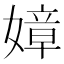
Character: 嫜